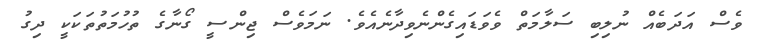
ވެސް އަދަބެއް ނުލިބި ސަލާމަތް ވެވަޑައިގެންނެވިދާނެއެވެ. ނަމަވެސް ޖިންސީ ގޯނާގެ ތުހުމަތުތަކަކީ ދިގު